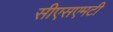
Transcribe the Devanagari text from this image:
सीएसएमटी